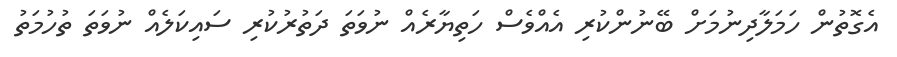
އެގޮތުން ހަމަލާދިނުމަށް ބޭނުންކުރި އެއްވެސް ހަތިޔާރެއް ނުވަތަ ދަތުރުކުރި ސައިކަލެއް ނުވަތަ ތުހުމަތު